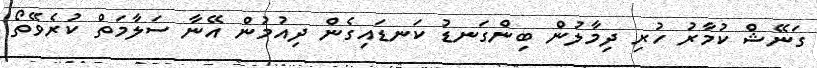
ގަނޭޝް ކުމާރު ހުރި ދިމާލުން ބިންގަނޑު ކަނޑައިގެން ދިއުމުން އޭނާ ސަލާމަތް ކުރެވޭތޯ